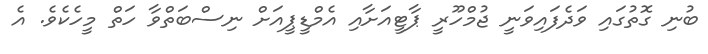
ބުނި ގޮތުގައި ވަދެފައިވަނީ ޖުމްހޫރީ ޕާޓީއަށާއި އެމްޑީޕީއަށް ނިސްބަތްވާ ހަތް މީހެކެވެ. އެ